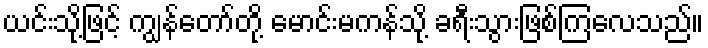
ယင်းသို့ဖြင့် ကျွန်တော်တို့ မောင်းမကန်သို့ ခရီးသွားဖြစ်ကြလေသည်။